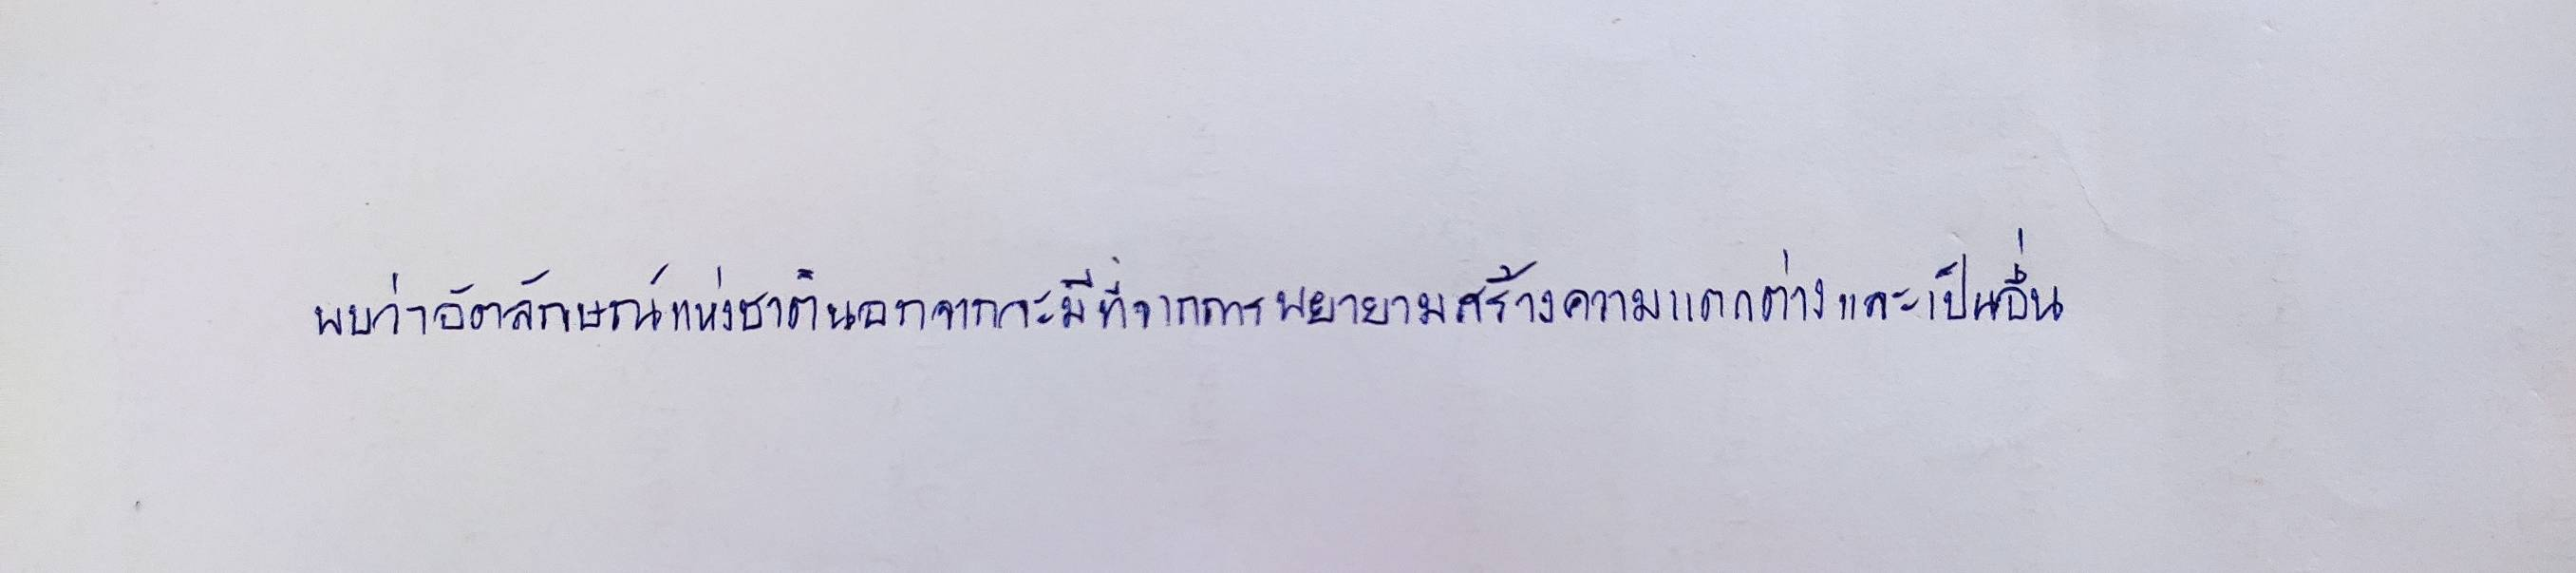
พบว่าอัตลักษณ์แห่งชาตินอกจากจะมีที่มาจากการพยายามสร้างความแตกต่างและเป็นอื่น